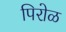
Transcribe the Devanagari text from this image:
पिरोळ